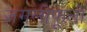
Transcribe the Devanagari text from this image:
जंगलीफूलों